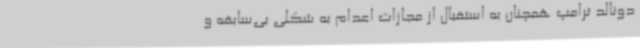
دونالد ترامپ همچنان به استقبال از مجازات اعدام به شکلی بی‌سابقه و